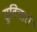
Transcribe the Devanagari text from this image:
सुविचारों